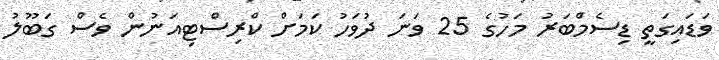
ވަޑައިގަތީ ޑިސެމްބަރު މަހުގެ 25 ވަނަ ދުވަހު ކަމަށް ކްރިސްޓިއަނުން ވެސް ގަބޫލު